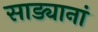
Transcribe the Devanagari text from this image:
साड्यानां